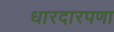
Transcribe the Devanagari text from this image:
धारदारपणा